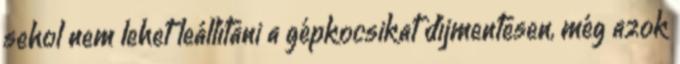
sehol nem lehet leállítani a gépkocsikat díjmentesen, még azok